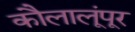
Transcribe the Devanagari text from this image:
कौलालूंपूर